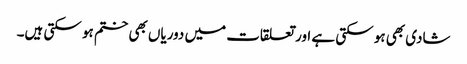
شادی بھی ہو سکتی ہے اور تعلقات میں دوریاں بھی ختم ہو سکتی ہیں۔